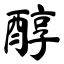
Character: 醇